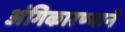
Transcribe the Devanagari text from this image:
अंगिकारण्याने